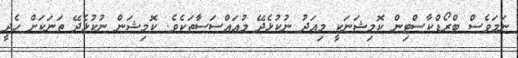
ނަމަވެސް ބްރޯޑްކާސްޓިން ކޮމިޝަނަކީ މިއަދު ނުކުޅެދޭ މުއައްސަސާތަކެވެ. ކޮމިޝަން ނުކުޅެދޭ ތަނަކަށް ހެދީ